Lunatic asylums in Bengal annual reports 1888-1898 - 1888-1898
Year: 1888
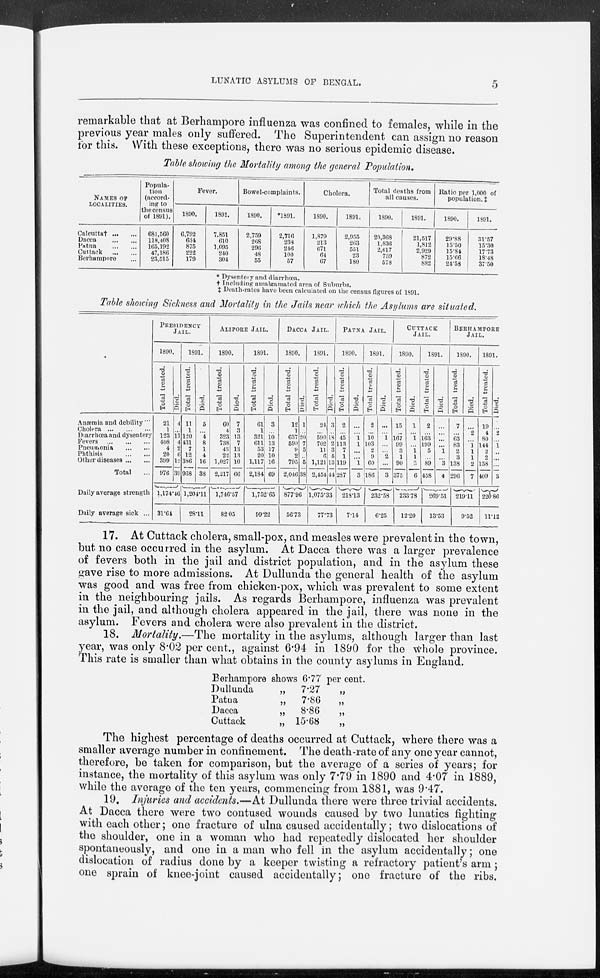
LUNATIC ASYLUMS OF BENGAL.
5
remarkable that at Berhampore influenza was confined to females, while in the
previous year males only suffered. The Superintendent can assign no reason
for this. With these exceptions, there was no serious epidemic disease.
Table showing the Mortality among the general Population.
NAMES OF
LOCALITIES.
Calcuttat † ... ...
Dacca
...
...
Patna
...
...
Cuttack
...
...
Berhampore ...
Popula-
tion
(accord-
ing to
the census
of 1891).
681,560
118,408
165,192
47,186
23,515
Fever.
1890.
6,792
634
875
222
179
1891.
7,851
610
1,095
240
304
Bowel-complaints.
1890.
2,759
268
296
48
55
*1891.
2,716
238
246
100
57
Cholera.
1890.
1,879
213
671
64
67
1891.
2,955
263
551
23
180
Total deaths from
all causes.
1890.
20,368
1,836
2,617
739
578
1891.
21,517
1,812
2,929
872
882
Ratio per 1,000 of
population.‡
1890.
29.88
15.50
15.84
15.66
24.58
1891.
31.57
15.30
17.73
18.48
37.50
* Dysentery and diarrhœa.
† Including amalgamated area of Suburbs.
‡ Death-rates have been calculated on the census figures of 1891.
Table showing Sickness and Mortality in the Jails near which the Asylums are situated.
Anæmia and debility ...
Cholera
...
...
...
Diarrhœa and dysentery
Fevers
...
...
...
Pneumonia
...
...
Phthisis
...
...
Other diseases ... ...
Total
...
Daily average strength
Daily average sick ...
PRESIDENCY
JAIL.
1890.
Total treated.
21
1
123
408
4
20
399
976
Died.
4
...
11
4
2
6
12
39
1,174.46
31.64
1891.
Total treated.
11
1
120
431
7
12
386
968
Died.
5
...
4
8
1
4
16
38
1,204.11
28.11
ALIPORE JAIL.
1890.
Total treated.
60
4
323
738
43
22
1,027
2,217
Died.
7
3
13
7
13
13
10
66
1,746.57
82.05
1891.
Total treated.
61
1
321
611
53
20
1,117
2,184
Died.
3
...
10
13
17
10
16
69
1,752.65
99.22
DACCA JAIL.
1890.
Total treated.
12
1
637
590
9
2
795
2,046
Died.
1
...
20
7
5
...
5
38
877.96
56.73
1891.
Total treated.
24
...
590
702
11
6
1,121
2,454
Died.
3
...
18
2
3
5
13
44
1,075.33
77.73
PATNA JAIL.
1890.
Total treated.
2
...
45
113
7
1
119
287
Died.
...
...
1
1
...
...
1
3
218.13
7.14
1891.
Total treated.
2
...
10
103
2
9
60
186
Died.
...
...
1
...
...
2
...
3
232.58
6.25
CUTTACK
JAIL.
1890.
Total treated.
15
...
167
99
3
1
90
375
Died.
1
...
1
...
1
1
2
6
233.78
12.20
1891.
Total treated.
2
...
163
199
5
...
89
458
Died.
...
...
...
...
1
...
3
4
269.51
13.53
BERHAMPORE
JAIL.
1890.
Total treated.
7
...
63
83
2
3
138
296
Died.
...
2
...
1
1
1
2
7
219.11
9.52
1891.
Total treated.
19
4
80
144
2
2
158
409
Died.
...
2
...
1
...
...
...
3
220.86
11.12
17. At Cuttack cholera, small-pox, and measles were prevalent in the town,
but no case occurred in the asylum. At Dacca there was a larger prevalence
of fevers both in the jail and district population, and in the asylum these
gave rise to more admissions. At Dullunda the general health of the asylum
was good and was free from chicken-pox, which was prevalent to some extent
in the neighbouring jails. As regards Berhampore, influenza was prevalent
in the jail, and although cholera appeared in the jail, there was none in the
asylum. Fevers and cholera were also prevalent in the district.
18. Mortality.—The mortality in the asylums, although larger than last
year, was only 8.02 per cent., against 6.94 in 1890 for the whole province.
This rate is smaller than what obtains in the county asylums in England.
Berhampore shows 6.77 per cent.
Dullunda
„ 7.27 „
Patna
„ 7.86 „
Dacca
„ 8.86 „
Cuttack
„ 15.68 „
The highest percentage of deaths occurred at Cuttack, where there was a
smaller average number in confinement. The death-rate of any one year cannot,
therefore, be taken for comparison, but the average of a series of years; for
instance, the mortality of this asylum was only 7.79 in 1890 and 4.07 in 1889,
while the average of the ten years, commencing from 1881, was 9.47.
19. Injuries and accidents.—At Dullunda there were three trivial accidents.
At Dacca there were two contused wounds caused by two lunatics fighting
with each other; one fracture of ulna caused accidentally; two dislocations of
the shoulder, one in a woman who had repeatedly dislocated her shoulder
spontaneously, and one in a man who fell in the asylum accidentally; one
dislocation of radius done by a keeper twisting a refractory patient's arm ;
one sprain of knee-joint caused accidentally; one fracture of the ribs.